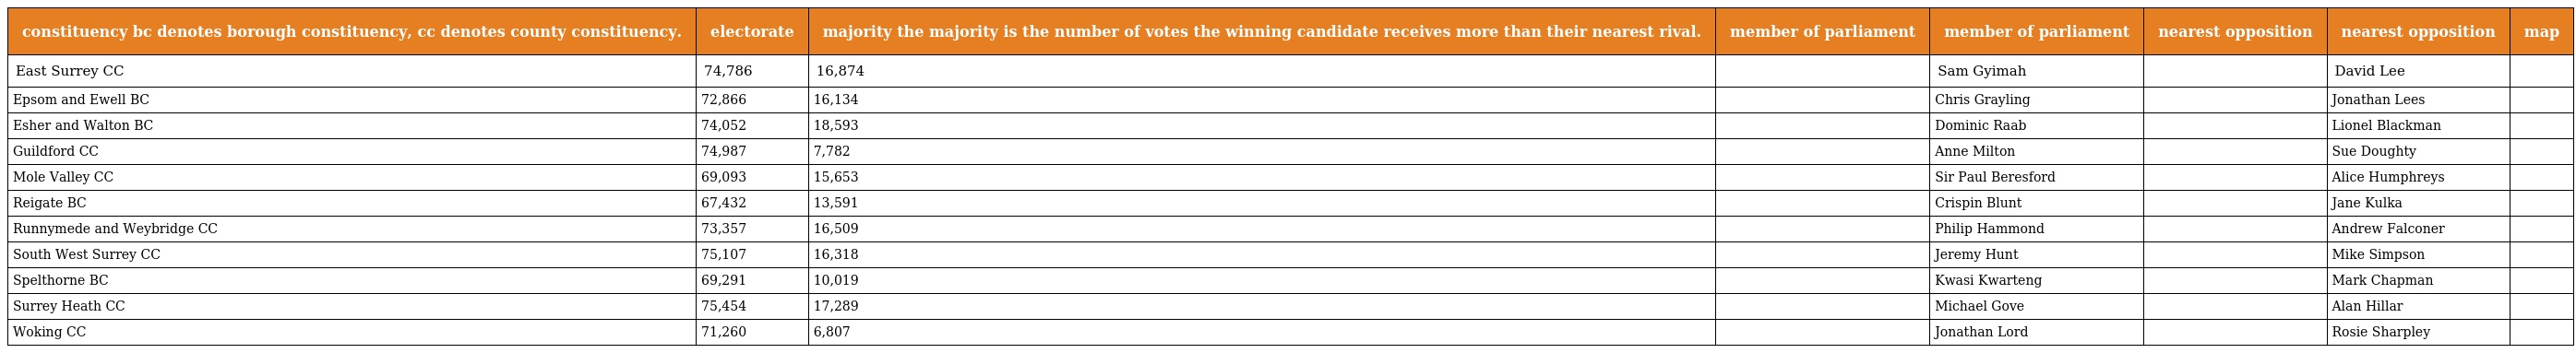
| constituency bc denotes borough constituency, cc denotes county constituency. | electorate | majority the majority is the number of votes the winning candidate receives more than their nearest rival. | member of parliament | member of parliament | nearest opposition | nearest opposition | map |
 | --- | --- | --- | --- | --- | --- | --- | --- |
 | East Surrey CC | 74,786 | 16,874 |  | Sam Gyimah |  | David Lee |  |
 | Epsom and Ewell BC | 72,866 | 16,134 |  | Chris Grayling |  | Jonathan Lees |  |
 | Esher and Walton BC | 74,052 | 18,593 |  | Dominic Raab |  | Lionel Blackman |  |
 | Guildford CC | 74,987 | 7,782 |  | Anne Milton |  | Sue Doughty |  |
 | Mole Valley CC | 69,093 | 15,653 |  | Sir Paul Beresford |  | Alice Humphreys |  |
 | Reigate BC | 67,432 | 13,591 |  | Crispin Blunt |  | Jane Kulka |  |
 | Runnymede and Weybridge CC | 73,357 | 16,509 |  | Philip Hammond |  | Andrew Falconer |  |
 | South West Surrey CC | 75,107 | 16,318 |  | Jeremy Hunt |  | Mike Simpson |  |
 | Spelthorne BC | 69,291 | 10,019 |  | Kwasi Kwarteng |  | Mark Chapman |  |
 | Surrey Heath CC | 75,454 | 17,289 |  | Michael Gove |  | Alan Hillar |  |
 | Woking CC | 71,260 | 6,807 |  | Jonathan Lord |  | Rosie Sharpley |  |